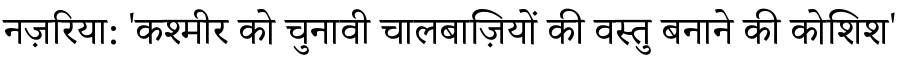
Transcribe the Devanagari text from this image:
नज़रिया: 'कश्मीर को चुनावी चालबाज़ियों की वस्तु बनाने की कोशिश'